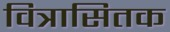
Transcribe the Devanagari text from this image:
वित्रासितक